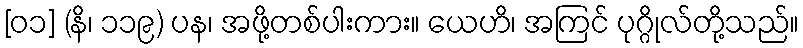
[၀၁] (နိ၊ ၁၁၉) ပန၊ အဖို့တစ်ပါးကား။ ယေဟိ၊ အကြင် ပုဂ္ဂိုလ်တို့သည်။